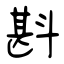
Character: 斟